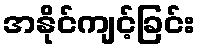
အနိုင်ကျင့်ခြင်း